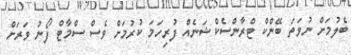
ބެލުމަށް ނުވަތަ ބޭންކް ޓްރާންސެކްޝަނެއް ފުރިހަމަ ކުރުމަށް ވެސް ސްމާޓް ފޯނު ވަރަށް